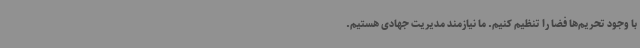
با وجود تحریم‌ها فضا را تنظیم کنیم. ما نیازمند مدیریت جهادی هستیم.